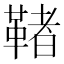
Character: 𩋵